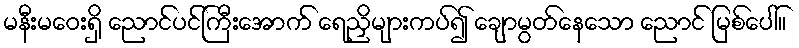
မနီးမဝေးရှိ ညောင်ပင်ကြီးအောက် ရေညှိများကပ်၍ ချောမွတ်နေသော ညောင် မြစ်ပေါ်။